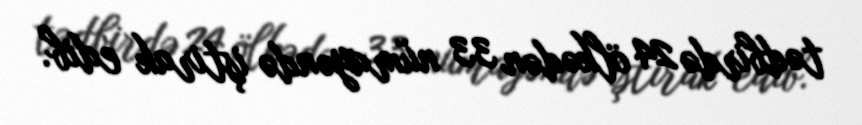
tədbirdə 24 ölkədən 33 nümayəndə iştirak edib.